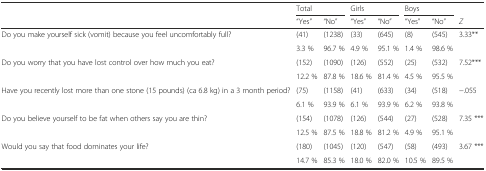
| <ROWSPAN=2>  | <COLSPAN=2> Total | <COLSPAN=2> Girls | <COLSPAN=2> Boys |  |
 | “Yes” | “No” | “Yes” | “No” | “Yes” | “No” | Z |
 | --- | --- | --- | --- | --- | --- | --- | --- |
 | <ROWSPAN=2> Do you make yourself sick (vomit) because you feel uncomfortably full? | (41) | (1238) | (33) | (645) | (8) | (545) | <ROWSPAN=2> 3.33** |
 | 3.3 % | 96.7 % | 4.9 % | 95.1 % | 1.4 % | 98.6 % |
 | <ROWSPAN=2> Do you worry that you have lost control over how much you eat? | (152) | (1090) | (126) | (552) | (25) | (532) | <ROWSPAN=2> 7.52*** |
 | 12.2 % | 87.8 % | 18.6 % | 81.4 % | 4.5 % | 95.5 % |
 | <ROWSPAN=2> Have you recently lost more than one stone (15 pounds) (ca 6.8 kg) in a 3 month period? | (75) | (1158) | (41) | (633) | (34) | (518) | <ROWSPAN=2> −.055 |
 | 6.1 % | 93.9 % | 6.1 % | 93.9 % | 6.2 % | 93.8 % |
 | <ROWSPAN=2> Do you believe yourself to be fat when others say you are thin? | (154) | (1078) | (126) | (544) | (27) | (528) | <ROWSPAN=2> 7.35 *** |
 | 12.5 % | 87.5 % | 18.8 % | 81.2 % | 4.9 % | 95.1 % |
 | <ROWSPAN=2> Would you say that food dominates your life? | (180) | (1045) | (120) | (547) | (58) | (493) | <ROWSPAN=2> 3.67 *** |
 | 14.7 % | 85.3 % | 18.0 % | 82.0 % | 10.5 % | 89.5 % |